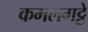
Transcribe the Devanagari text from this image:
कमलगट्टे